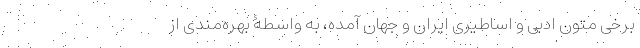
برخی متون ادبی و اساطیری ایران و جهان آمده، به واسطۀ بهره‌مندی از